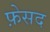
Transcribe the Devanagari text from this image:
फ़ेसद